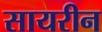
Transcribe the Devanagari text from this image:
सायरीन